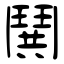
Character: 鬨